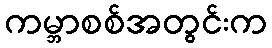
ကမ္ဘာစစ်အတွင်းက